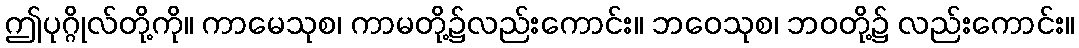
ဤပုဂ္ဂိုလ်တို့ကို။ ကာမေသုစ၊ ကာမတို့၌လည်းကောင်း။ ဘဝေသုစ၊ ဘဝတို့၌ လည်းကောင်း။